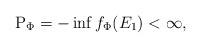
LaTeX: \begin{align*}\mathrm{P}_{\Phi }=-\inf f_{\Phi }(E_{1})<\infty ,\end{align*}